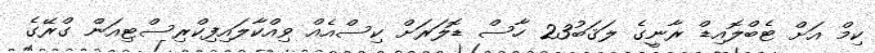
ކިމް އަށް ޓެބްލޮއިޑް ރާނީގެ ލަޤަބު23 ހާސް ޑޮލަރަށް ކިސްއެއް ވިއްކާލައިފިކްރިސްޓިއަން ގްރޭގެ